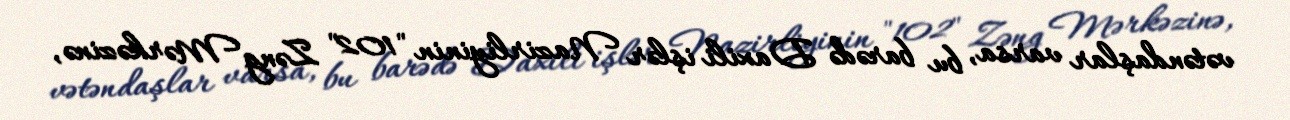
vətəndaşlar varsa, bu barədə Daxili işlər Nazirliyinin "102" Zəng Mərkəzinə,